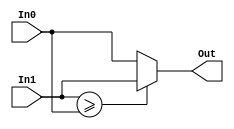
//---------------------------
// 2 input comparator for MAX
// Version 1.0
//---------------------------

module comp2_MAX6(In1,In0,Out);

//---------------------------------
// In0: input binary code;
// In1: input binary code;
// Out: is the max value;
//---------------------------------

input  [5:0] In0,In1; // Input data
output [5:0] Out;    // Ouput data

assign Out= (In1>=In0) ? In1:In0;

endmodule